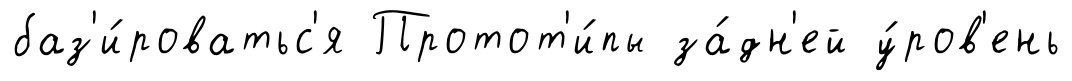
баз'и́роватьс'я Протот'и́пы за́дн'ей у́ров'ень